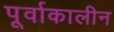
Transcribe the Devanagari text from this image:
पूर्वाकालीन